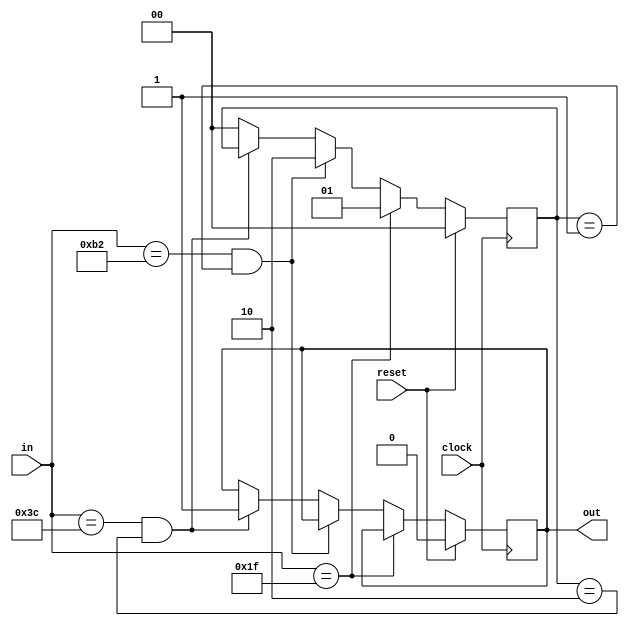
module top(clock, reset, in, out);

input clock, reset;
input [7:0] in;
output reg out;

parameter [1:0] A=2'b00, B=2'b01, C=2'b10;
reg [1:0] state;

always @(posedge clock) begin
  if (reset == 1) begin
    state <= A;
    out <= 1'b0;
  end
  else if (in == 8'h1F) 
    state <= B;
  else if ((in == 8'hB2) && (state == B))
    state <= C;
  else if ((in == 8'h3C) && (state == C))
    out <= 1'b1;
  else
    state <= A;
end


endmodule